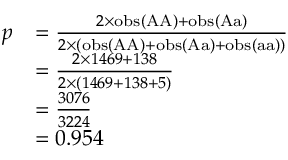
{ \begin{array} { r l } { p } & { = { \frac { 2 \times \mathrm { o b s } ( { \mathrm { A A } } ) + \mathrm { o b s } ( { \mathrm { A a } } ) } { 2 \times ( \mathrm { o b s } ( { \mathrm { A A } } ) + \mathrm { o b s } ( { \mathrm { A a } } ) + \mathrm { o b s } ( { \mathrm { a a } } ) ) } } } \\ & { = { \frac { 2 \times 1 4 6 9 + 1 3 8 } { 2 \times ( 1 4 6 9 + 1 3 8 + 5 ) } } } \\ & { = { \frac { 3 0 7 6 } { 3 2 2 4 } } } \\ & { = 0 . 9 5 4 } \end{array} }